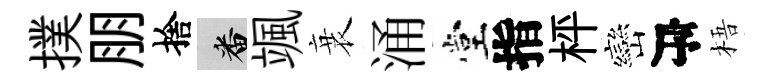
撲朋捨番颯衰涌堂指枰巒序梧